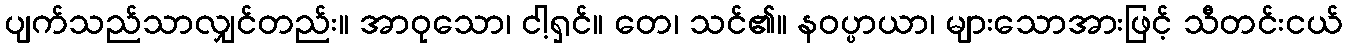
ပျက်သည်သာလျှင်တည်း။ အာဝုသော၊ ငါ့ရှင်။ တေ၊ သင်၏။ နဝပ္ပာယာ၊ များသောအားဖြင့် သီတင်းငယ်